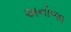
અનોજા